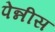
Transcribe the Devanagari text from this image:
पेन्नीस